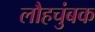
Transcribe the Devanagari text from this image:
लौहचुंबक